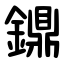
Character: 鐤